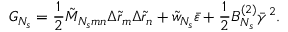
G _ { N _ { s } } = \frac { 1 } { 2 } \tilde { M } _ { N _ { s } m n } \Delta \tilde { r } _ { m } \Delta \tilde { r } _ { n } + \tilde { w } _ { N _ { s } } \bar { \varepsilon } + \frac { 1 } { 2 } B _ { N _ { s } } ^ { ( 2 ) } \bar { \gamma } ^ { 2 } .